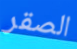
الصقر